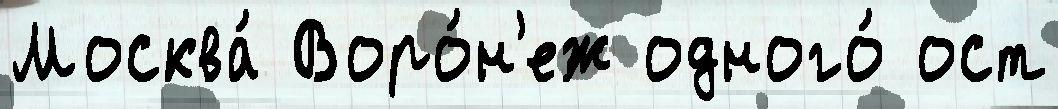
Москва́ Воро́н'еж одного́ ост